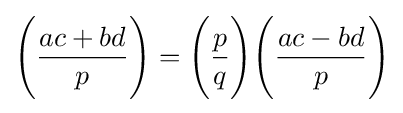
{\Bigg (}{\frac {ac+bd}{p}}{\Bigg )}={\Bigg (}{\frac {p}{q}}{\Bigg )}{\Bigg (}{\frac {ac-bd}{p}}{\Bigg )}